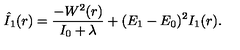
\hat { I } _ { 1 } ( r ) = \frac { - W ^ { 2 } ( r ) } { I _ { 0 } + \lambda } + ( E _ { 1 } - E _ { 0 } ) ^ { 2 } { } I _ { 1 } ( r ) .